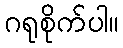
ဂရုစိုက်ပါ။